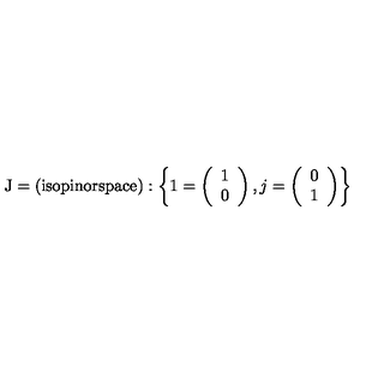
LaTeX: \mathrm { J = ( i s o p i n o r s p a c e ) } : \left\{ 1 = \left( \begin{array} { l } { 1 } \\ { 0 } \\ \end{array} \right) , j = \left( \begin{array} { l } { 0 } \\ { 1 } \\ \end{array} \right) \right\}